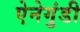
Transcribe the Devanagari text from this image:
ऐनेगुंडी